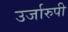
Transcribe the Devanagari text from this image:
उर्जारुपी